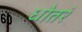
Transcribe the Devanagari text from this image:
धोतरं